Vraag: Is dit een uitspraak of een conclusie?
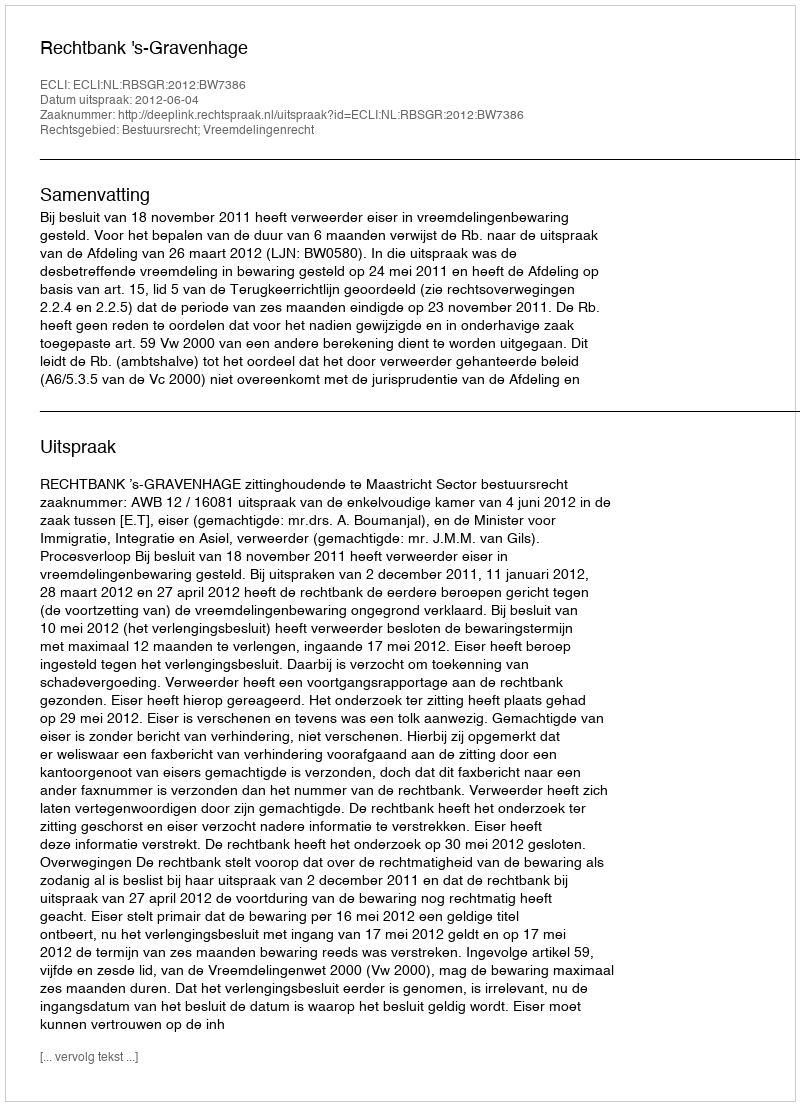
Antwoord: Uitspraak